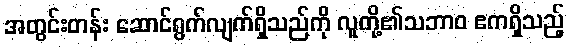
အတွင်းတန်း ဆောင်ရွက်လျက်ရှိသည်ကို လူတို့၏သဘာဝ ဧကရှိသည့်